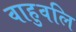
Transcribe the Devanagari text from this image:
वाहुवलि